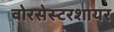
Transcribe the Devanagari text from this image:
वोरसेस्टरशायर